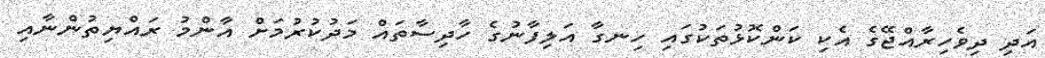
އަދި ދިވެހިރާއްޖޭގެ އެކި ކަންކޮޅުތަކުގައި ހިނގާ އަލިފާނުގެ ހާދިސާތައް މަދުކުރުމަށް އާންމު ރައްޔިތުންނާއި